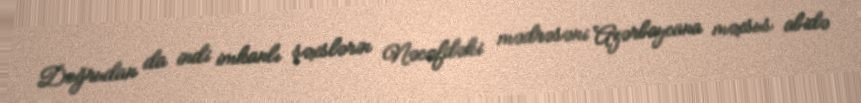
Doğrudan da indi imkanlı şəxslərin Nəcəfdəki mədrəsəni Azərbaycana məxsus abidə